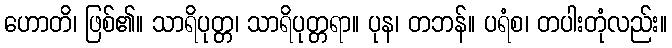
ဟောတိ၊ ဖြစ်၏။ သာရိပုတ္တ၊ သာရိပုတ္တရာ။ ပုန၊ တဘန်။ ပရံစ၊ တပါးတုံလည်း။